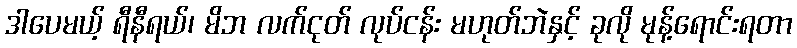
ဒါပေမယ့် ရီနီရယ်၊ မိဘ လက်ငုတ် လုပ်ငန်း မဟုတ်ဘဲနှင့် ခုလို မုန့်ရောင်းရတာ